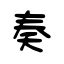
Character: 奏